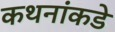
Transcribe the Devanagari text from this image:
कथनांकडे